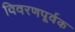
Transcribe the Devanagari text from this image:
विवरणपूर्वक